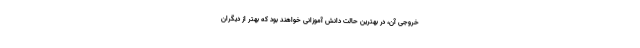
خروجی آن، در بهترین حالت دانش آموزانی خواهند بود که بهتر از دیگران